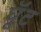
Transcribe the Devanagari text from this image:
घूॅट